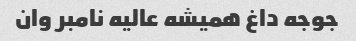
جوجه داغ همیشه عالیه نامبر وان